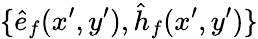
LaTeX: \{ {\hat{e}}_{f}(x^{\prime},y^{\prime}),{\hat{h}}_{f}(x^{\prime},y^{\prime})\}